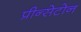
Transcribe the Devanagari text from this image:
प्रीन्सेटोन